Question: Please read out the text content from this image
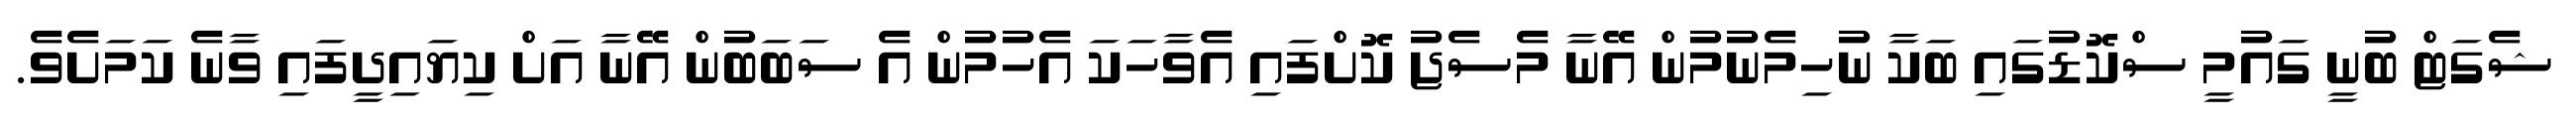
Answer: ޝެގަޓް ބުނީ ގައުމީ ސްކޮޑުގައި ބަކާ ނުހިމެނުމުން އޭނާ މެސެޖު ކޮށްފައި އެވާހަކަ އެހުމުން އެ ސަބަބުން އޭނާ އަށް ކިޔައިދީފައި ވާނެ ކަމަށެވެ.